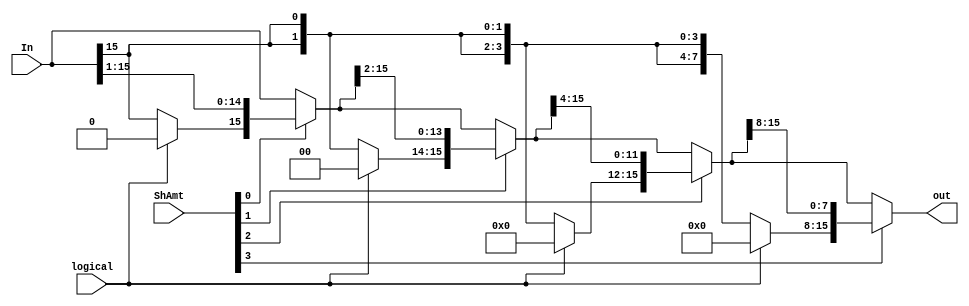
/*
    CS/ECE 552 Spring '22
    Homework #2, Problem 1
    
    A arithmetic/logical right shifter sub-module.
 */
module right_ari_log_shifter(In, logical, ShAmt, out);

	input [15:0]In;			// vector to be arithmetic/logical right shifted
	input logical;			// 1 to logical right shift, 0 to arithmetic right shift
	input [3:0]ShAmt;		// shift amount, 0 to 15
	output [15:0]out;		// resulting vector of arithmetic/logical right shift

	wire [15:0] stage1, stage2, stage3;	// three intermediate stages of arithmetic/logical right shift
	
	// arithmetic/logical right shift according to ShAmt[0] and logical only, stay the same or move 1 bits
	assign stage1 = ShAmt[0] ? {logical ? 1'b0 : In[15], In[15:1]} : In;
	// samilar as above, consider ShAmt[1] and move 2 bits if needed
	assign stage2 = ShAmt[1] ? {logical ? 2'b00 : {2{In[15]}}, stage1[15:2]} : stage1;
	// samilar as above, consider ShAmt[2] and move 4 bits if needed
	assign stage3 = ShAmt[2] ? {logical ? 4'h0 : {4{In[15]}}, stage2[15:4]} : stage2;
	// samilar as above, consider ShAmt[3] and move 8 bits if needed
	assign out = ShAmt[3] ? {logical ? 8'h00 : {8{In[15]}}, stage3[15:8]} : stage3;

endmodule